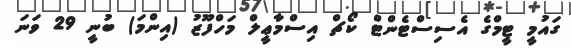
ގައުމީ ޓީމްގެ އެސިސްޓެންޓް ކޯޗް އިސްމާޢީލް މަހްފޫޒު (އިންމަ) ބުނީ 29 ވަނަ